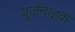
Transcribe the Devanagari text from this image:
यूजेनाइक